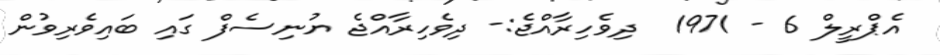
އެޕްރީލް 6 - 1971  ދިވެހިރާއްޖެ:- ދިވެހިރާއްޖެ ޔުނިސެފް ގައި ބައިވެރިވުން